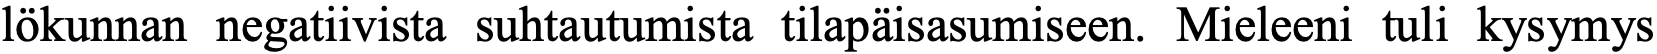
lökunnan negatiivista suhtautumista tilapäisasumiseen. Mieleeni tuli kysymys